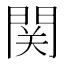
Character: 関